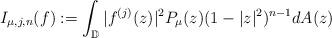
LaTeX: \begin{align*}I_{\mu,j,n}(f):=\int_{\mathbb D}|f^{(j)}(z)|^2P_{\mu}(z)(1-|z|^2)^{n-1}dA(z)\end{align*}